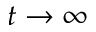
t \to \infty